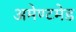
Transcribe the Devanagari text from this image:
अमेण्टमेड